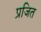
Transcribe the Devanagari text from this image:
प्रजित